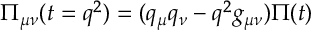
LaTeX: \Pi _ { \mu \nu } ( t = q ^ { 2 } ) = ( q _ { \mu } q _ { \nu } - q ^ { 2 } g _ { \mu \nu } ) \Pi ( t )